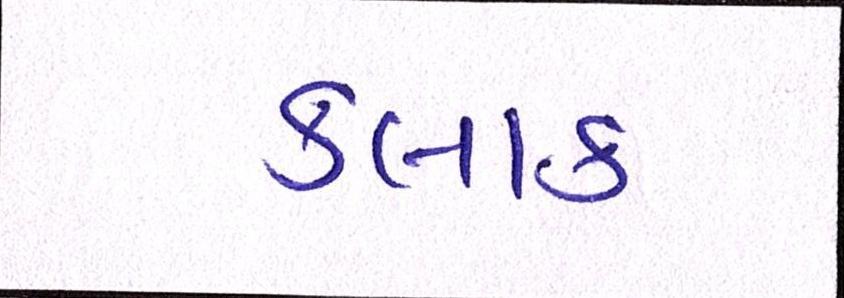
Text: કલાક